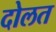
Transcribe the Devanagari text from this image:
दोलत